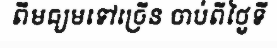
ពីមធ្យមទៅច្រើន ចាប់ពីថ្ងៃទី